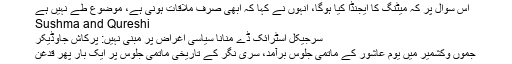
اس سوال پر کہ میٹنگ کا ایجنڈا کیا ہوگا، انہوں نے کہا کہ ابھی صرف ملاقات ہونی ہے، موضوع طے نہیں ہے
Sushma and Qureshi
سرجیکل اسٹرائک ڈے منانا سیاسی اغراض پر مبنی نہیں: پرکاش جاوڈیکر
جموں وکشمیر میں یوم عاشور کے ماتمی جلوس برآمد، سری نگر کے تاریخی ماتمی جلوس پر ایک بار پھر قدغن